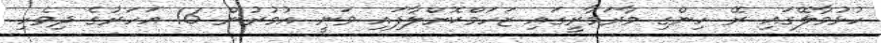
ހުޅުމާލޭގައި ރޭ ހިންގި މާރަމާރީގައި ޒަހަމްކޮށްލާފައި ވަނީ އުމުރުން 16 އަހަރުގެ ދިވެހި